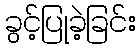
ခွင့်ပြုခဲ့ခြင်း